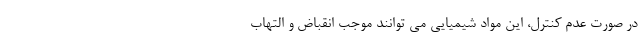
در صورت عدم کنترل، این مواد شیمیایی می توانند موجب انقباض و التهاب